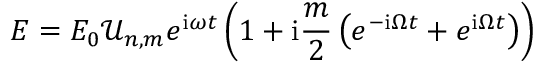
E = E _ { 0 } \mathcal { U } _ { n , m } e ^ { \mathrm { i } \omega t } \left( 1 + \mathrm { i } \frac { m } { 2 } \left( e ^ { - \mathrm { i } \Omega t } + e ^ { \mathrm { i } \Omega t } \right) \right)